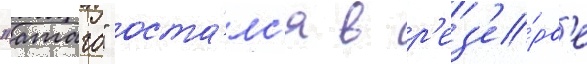
"атаго" оста́лс'я в р'ез'е́рв'е